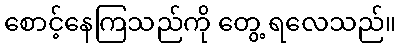
စောင့်နေကြသည်ကို တွေ့ ရလေသည်။